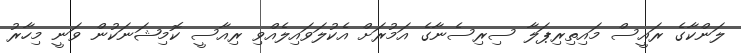
ލަންކާގެ ރައީސް މައިތިރިޕަލާ ސިރިސެނާގެ އަމުރަށް އެކުލަވައިލެއްވި ރިއާސީ ކޮމިޝަނަކުން ވަނީ މިހާރު